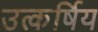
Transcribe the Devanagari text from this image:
उत्कर्षिय